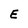
Character: E